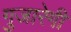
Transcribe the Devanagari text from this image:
गुजारेगी